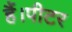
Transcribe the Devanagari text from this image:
हैं।पीटर